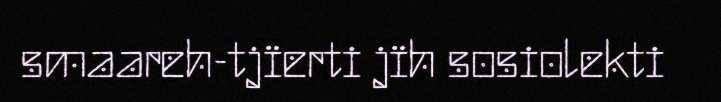
smaareh-tjïerti jïh sosiolekti